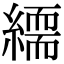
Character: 𦅏